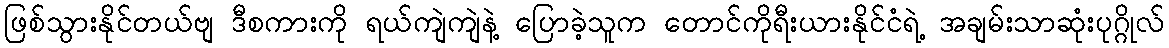
ဖြစ်သွားနိုင်တယ်ဗျ ဒီစကားကို ရယ်ကျဲကျဲနဲ့ ပြောခဲ့သူက တောင်ကိုရီးယားနိုင်ငံရဲ့ အချမ်းသာဆုံးပုဂ္ဂိုလ်